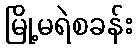
မြို့မရဲစခန်း